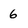
Character: 6